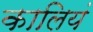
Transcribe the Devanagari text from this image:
कालियं